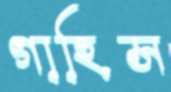
গাহিস